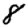
Digit: 8